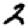
Digit: 2